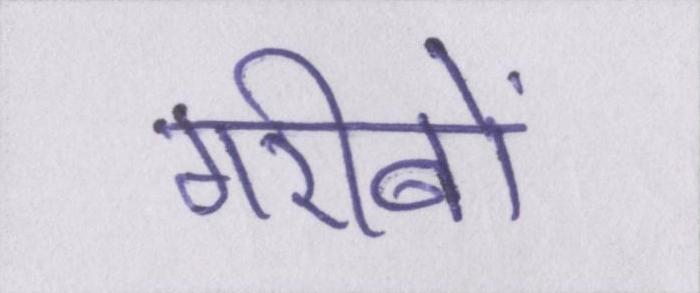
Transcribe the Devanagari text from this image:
गरीबों